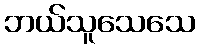
ဘယ်သူသေသေ